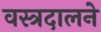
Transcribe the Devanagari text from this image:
वस्त्रदालने